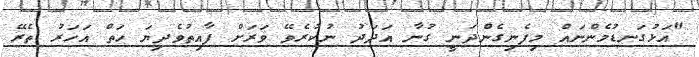
"އަޅުގަނޑުމެންނައް މިފެނިގެންދަނީ ގުނާ އަދަދު ނުކުރެވޭ ވަރަށް ފާއިތުވެދިޔަ ހަތް އަހަރު ތެރޭ